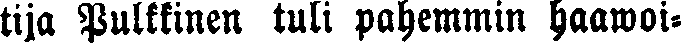
tija Pulkkinen tuli pahemmin haawoi-